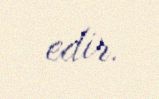
edir.